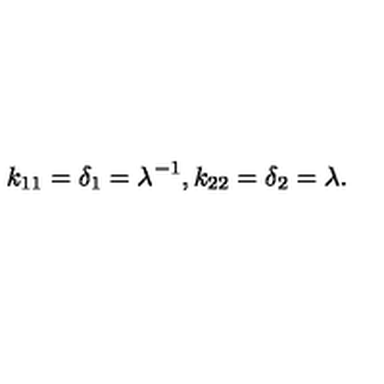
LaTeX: k _ { 1 1 } = \delta _ { 1 } = \lambda ^ { - 1 } , k _ { 2 2 } = \delta _ { 2 } = \lambda .